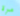
مرة